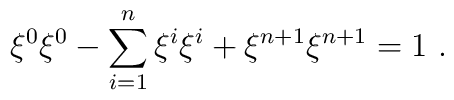
\xi^0\xi^0-\sum_{i=1}^n\xi^i\xi^i+\xi^{n+1}\xi^{n+1}=1~.